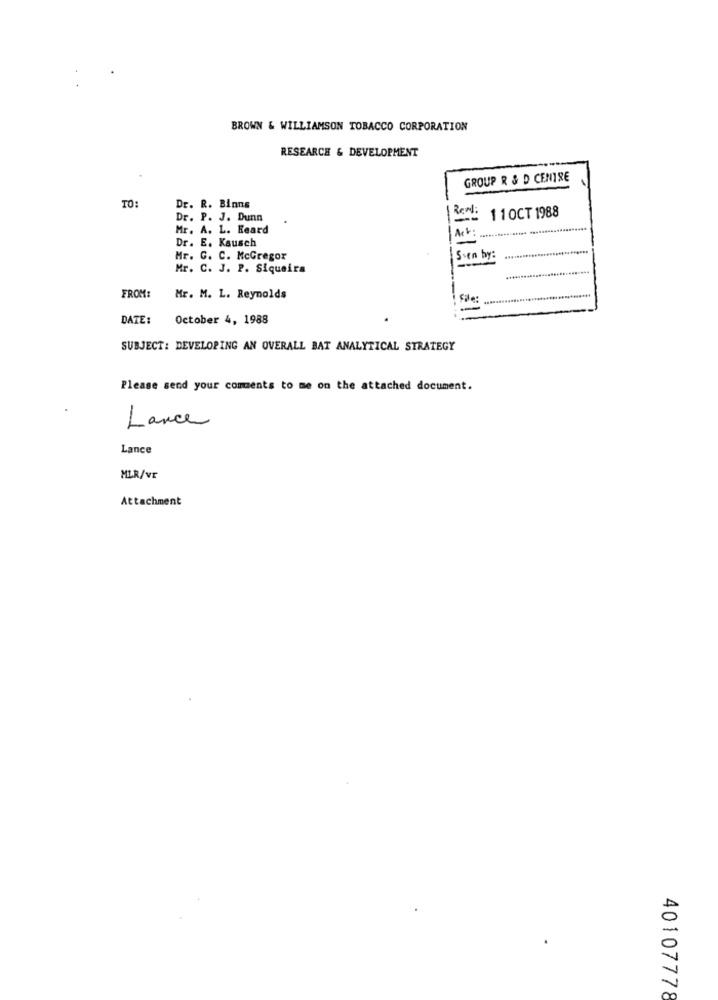
BROWN & WILLIAMSON TOBACCO CORPORATION
RESEARCH & DEVELOPMENT
GROUP R & D CENTRE
TO:
Dr. R. Binns
Dr. P. J. Dunn
Real:
11 OCT 1988
Mr. A. L. Heard
Dr. E. Kausch
Mr. C. C. McGregor
Sven by:
Mr. C. J. P. Siqueira
FROM:
Mr. M. L. Reynolds
DATE:
October 4, 1988
SUBJECT: DEVELOPING AN OVERALL BAT ANALYTICAL STRATEGY
Please send your comments to me on the attached document.
Lance
Lance
MLR/Vr
Attachment
40107778